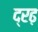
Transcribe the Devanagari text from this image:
द्रढ़